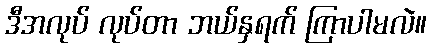
ဒီအလုပ် လုပ်တာ ဘယ်နှရက် ကြာပါမလဲ။